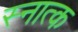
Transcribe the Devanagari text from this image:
स्नात्क